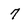
Character: 7